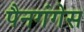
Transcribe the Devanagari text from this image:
पैनगंगेस